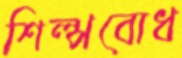
শিল্পবোধ